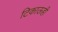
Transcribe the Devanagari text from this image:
टिकाऊही